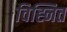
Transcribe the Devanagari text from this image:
विह्नित